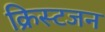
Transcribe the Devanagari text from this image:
क्रिस्टजन